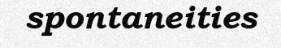
spontaneities